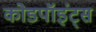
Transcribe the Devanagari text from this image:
कोडपॉइंट्स